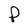
Character: P